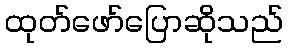
ထုတ်ဖော်ပြောဆိုသည်